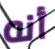
أنه